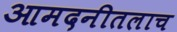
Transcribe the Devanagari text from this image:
आमदनीतलाच